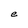
Character: e